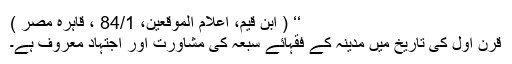
‘‘ ( ابن قیم، اعلام الموقعین، 84/1 ، قاہرہ مصر )
قرن اول کی تاریخ میں مدینہ کے فقہائے سبعہ کی مشاورت اور اجتہاد معروف ہے۔